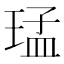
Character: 𤦕